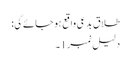
طلاق بدعی واقع ہو جائےگی:
دلیل نمبر1۔